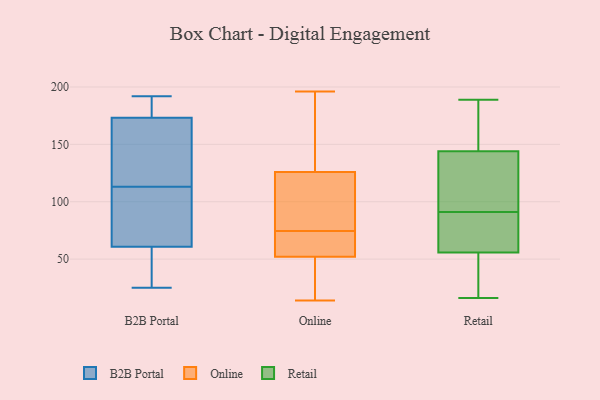
{"axis": {"x": "Website Visitors", "y": "Value"}, "legend": ["B2B Portal", "Online", "Retail"], "data": [{"x": "", "y": 192, "type": "B2B Portal"}, {"x": "", "y": 138, "type": "B2B Portal"}, {"x": "", "y": 113, "type": "B2B Portal"}, {"x": "", "y": 192, "type": "B2B Portal"}, {"x": "", "y": 25, "type": "B2B Portal"}, {"x": "", "y": 57, "type": "B2B Portal"}, {"x": "", "y": 181, "type": "B2B Portal"}, {"x": "", "y": 96, "type": "B2B Portal"}, {"x": "", "y": 53, "type": "B2B Portal"}, {"x": "", "y": 150, "type": "B2B Portal"}, {"x": "", "y": 72, "type": "B2B Portal"}, {"x": "", "y": 196, "type": "Online"}, {"x": "", "y": 97, "type": "Online"}, {"x": "", "y": 173, "type": "Online"}, {"x": "", "y": 16, "type": "Online"}, {"x": "", "y": 136, "type": "Online"}, {"x": "", "y": 52, "type": "Online"}, {"x": "", "y": 83, "type": "Online"}, {"x": "", "y": 116, "type": "Online"}, {"x": "", "y": 14, "type": "Online"}, {"x": "", "y": 27, "type": "Online"}, {"x": "", "y": 164, "type": "Online"}, {"x": "", "y": 62, "type": "Online"}, {"x": "", "y": 71, "type": "Online"}, {"x": "", "y": 66, "type": "Online"}, {"x": "", "y": 126, "type": "Online"}, {"x": "", "y": 74, "type": "Online"}, {"x": "", "y": 37, "type": "Online"}, {"x": "", "y": 75, "type": "Online"}, {"x": "", "y": 16, "type": "Retail"}, {"x": "", "y": 91, "type": "Retail"}, {"x": "", "y": 69, "type": "Retail"}, {"x": "", "y": 24, "type": "Retail"}, {"x": "", "y": 68, "type": "Retail"}, {"x": "", "y": 55, "type": "Retail"}, {"x": "", "y": 101, "type": "Retail"}, {"x": "", "y": 129, "type": "Retail"}, {"x": "", "y": 149, "type": "Retail"}, {"x": "", "y": 169, "type": "Retail"}, {"x": "", "y": 154, "type": "Retail"}, {"x": "", "y": 105, "type": "Retail"}, {"x": "", "y": 23, "type": "Retail"}, {"x": "", "y": 58, "type": "Retail"}, {"x": "", "y": 189, "type": "Retail"}]}